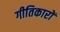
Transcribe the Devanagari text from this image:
गीतिकारों